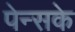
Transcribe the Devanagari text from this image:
पेन्सके